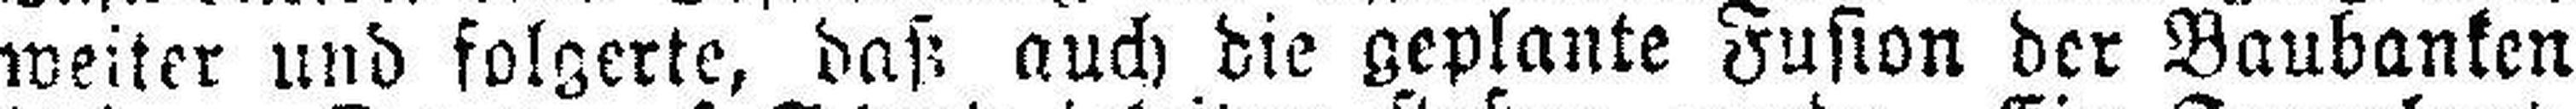
weiter und folgerte, daß auch die geplante Fusion der Baubanken